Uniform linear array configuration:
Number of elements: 32
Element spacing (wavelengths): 0.75
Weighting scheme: blackman
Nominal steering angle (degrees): -30
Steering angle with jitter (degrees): -30.771
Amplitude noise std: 0.05
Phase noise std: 0.05

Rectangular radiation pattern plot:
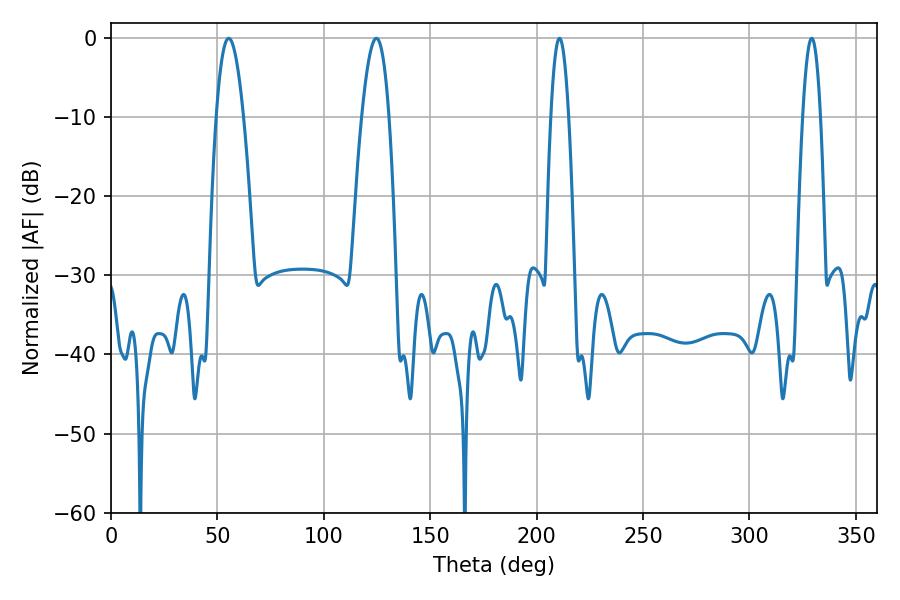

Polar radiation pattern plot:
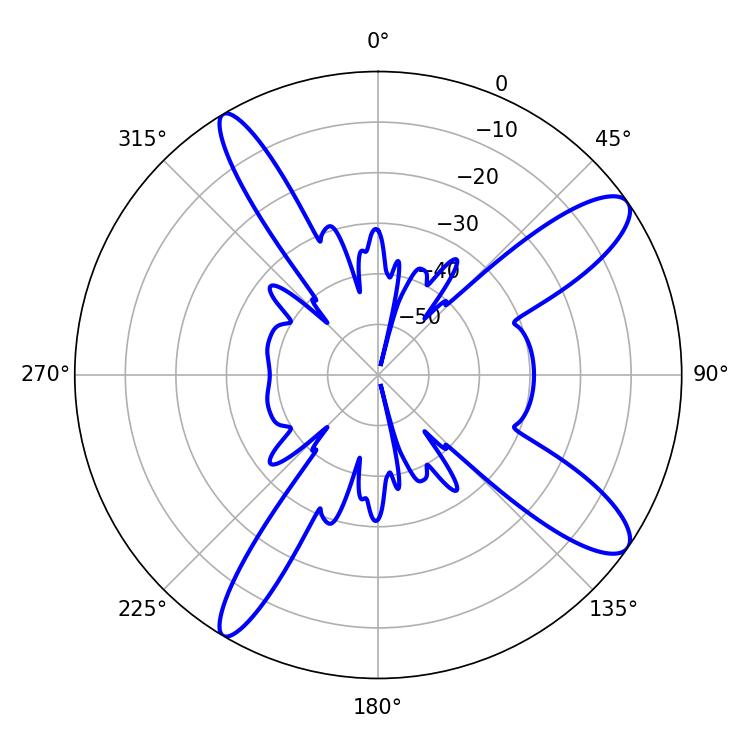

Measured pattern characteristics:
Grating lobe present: TRUE
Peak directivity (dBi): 11.875
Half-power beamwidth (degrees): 7.02
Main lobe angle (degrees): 55.26